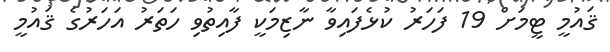
ޤައުމީ ޓީމަށް 19 ފަހަރު ކުޅެފައިވާ ނާޒިމަކީ ފާއިތުވި ހަތަރު އަހަރުގެ ޤައުމީ